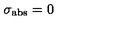
\sigma _ { \mathrm { a b s } } = 0